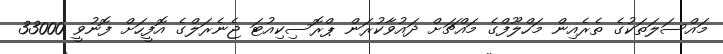
މައްސަލަތަކުގެ ތެރެއިން މަހްލޫފްގެ މައްޗަށް ދައުވާކުރަން ޕްރޮސިކިއުޓަ ޖެނެރަލްގެ އޮފީހަށް ފޮނުވީ 33000